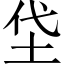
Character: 垈